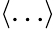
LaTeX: \left\langle\ldots\right\rangle